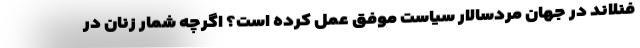
فنلاند در جهان مردسالار سیاست موفق عمل کرده است؟ اگرچه شمار زنان در